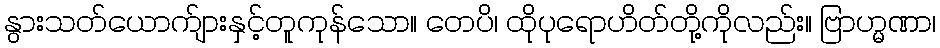
နွားသတ်ယောက်ျားနှင့်တူကုန်သော။ တေပိ၊ ထိုပုရောဟိတ်တို့ကိုလည်း။ ဗြာဟ္မဏာ၊